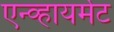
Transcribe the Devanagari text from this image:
एन्व्हायर्मेट